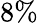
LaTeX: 8\%